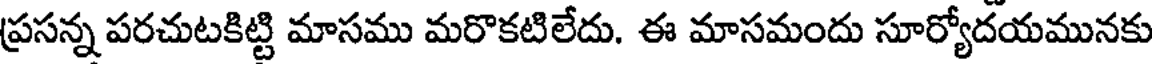
ప్రసన్న పరచుటకిట్టి మాసము మరొకటిలేదు. ఈ మాసమందు సూర్యోదయమునకు